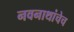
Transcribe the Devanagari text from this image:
नवनाथांचेच